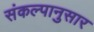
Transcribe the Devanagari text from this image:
संकल्पानुसार